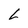
Character: L